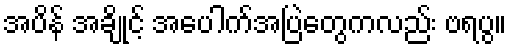
အပိန် အချိုင့် အပေါက်အပြဲတွေကလည်း ဗရပွ။